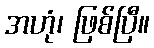
အဟုံ၊ ဖြစ်ပြီ။